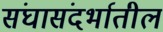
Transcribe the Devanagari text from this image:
संघासंदर्भातील